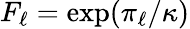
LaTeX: F_{\ell}=\exp(\pi_{\ell}/\kappa)